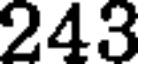
243